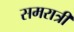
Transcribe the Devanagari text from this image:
समरात्री